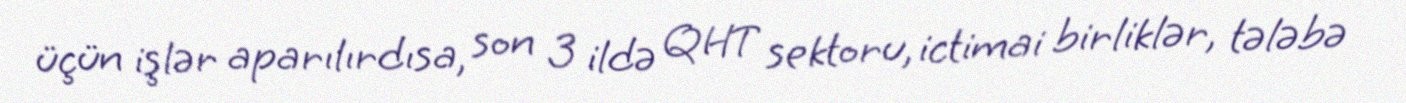
üçün işlər aparılırdısa, son 3 ildə QHT sektoru, ictimai birliklər, tələbə